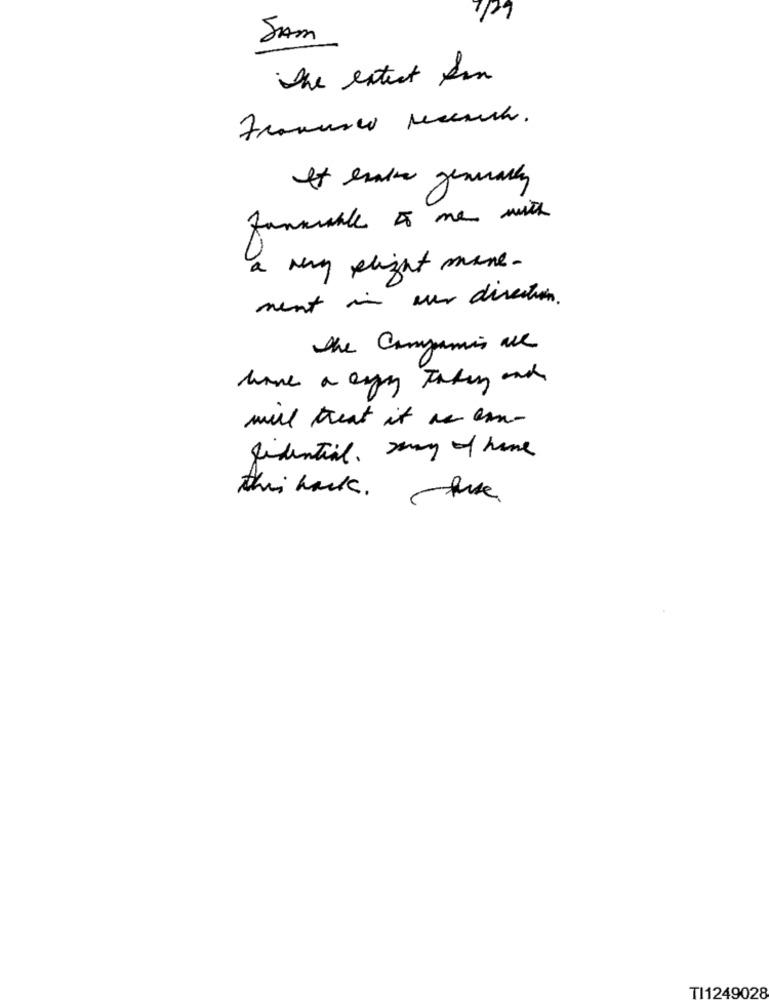
SAM
The extent ein
Francisco secerchi.
It erale generally
fammiable 5 me with
a my flight mane .
ment in our direction .
the Companies are
have a capy Taking and
mill threat it as em-
sidential Day of home
this hark .
Rise
TI1249028